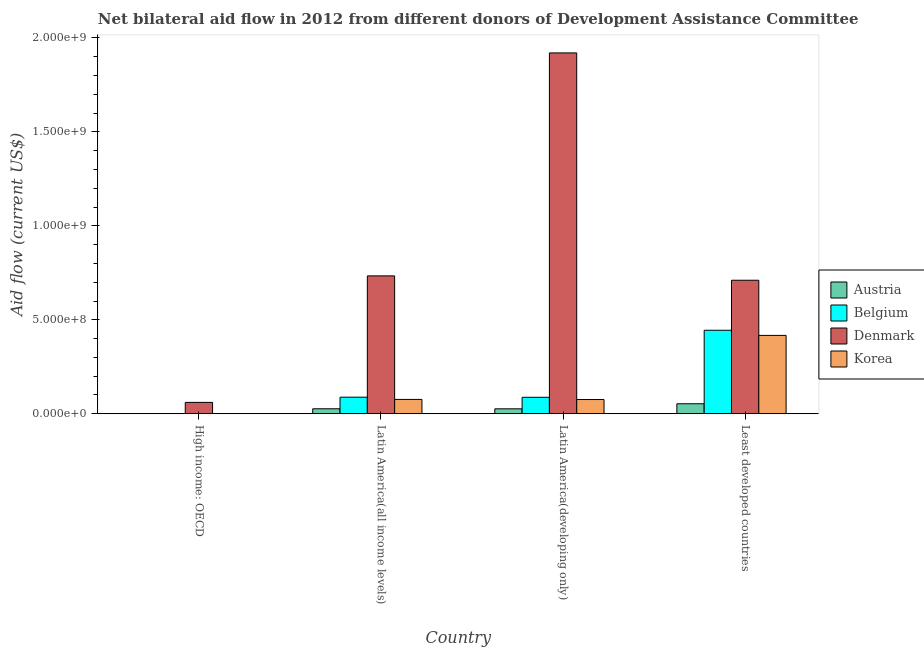
| Country | Austria | Belgium | Denmark | Korea |
 | --- | --- | --- | --- | --- |
 | High income: OECD | 2.9e+05 | 5.3e+05 | 6.04e+07 | 1.5e+05 |
 | Latin America(all income levels) | 2.64e+07 | 8.82e+07 | 7.34e+08 | 7.62e+07 |
 | Latin America(developing only) | 2.62e+07 | 8.76e+07 | 1.92e+09 | 7.56e+07 |
 | Least developed countries | 5.31e+07 | 4.44e+08 | 7.11e+08 | 4.17e+08 |